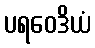
ပရဝေဒိယံ